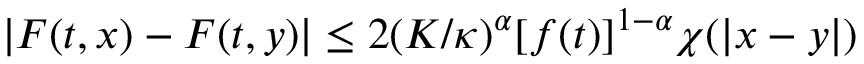
| F ( t , x ) - F ( t , y ) | \leq 2 ( K / \kappa ) ^ { \alpha } [ f ( t ) ] ^ { 1 - \alpha } \chi ( | x - y | )